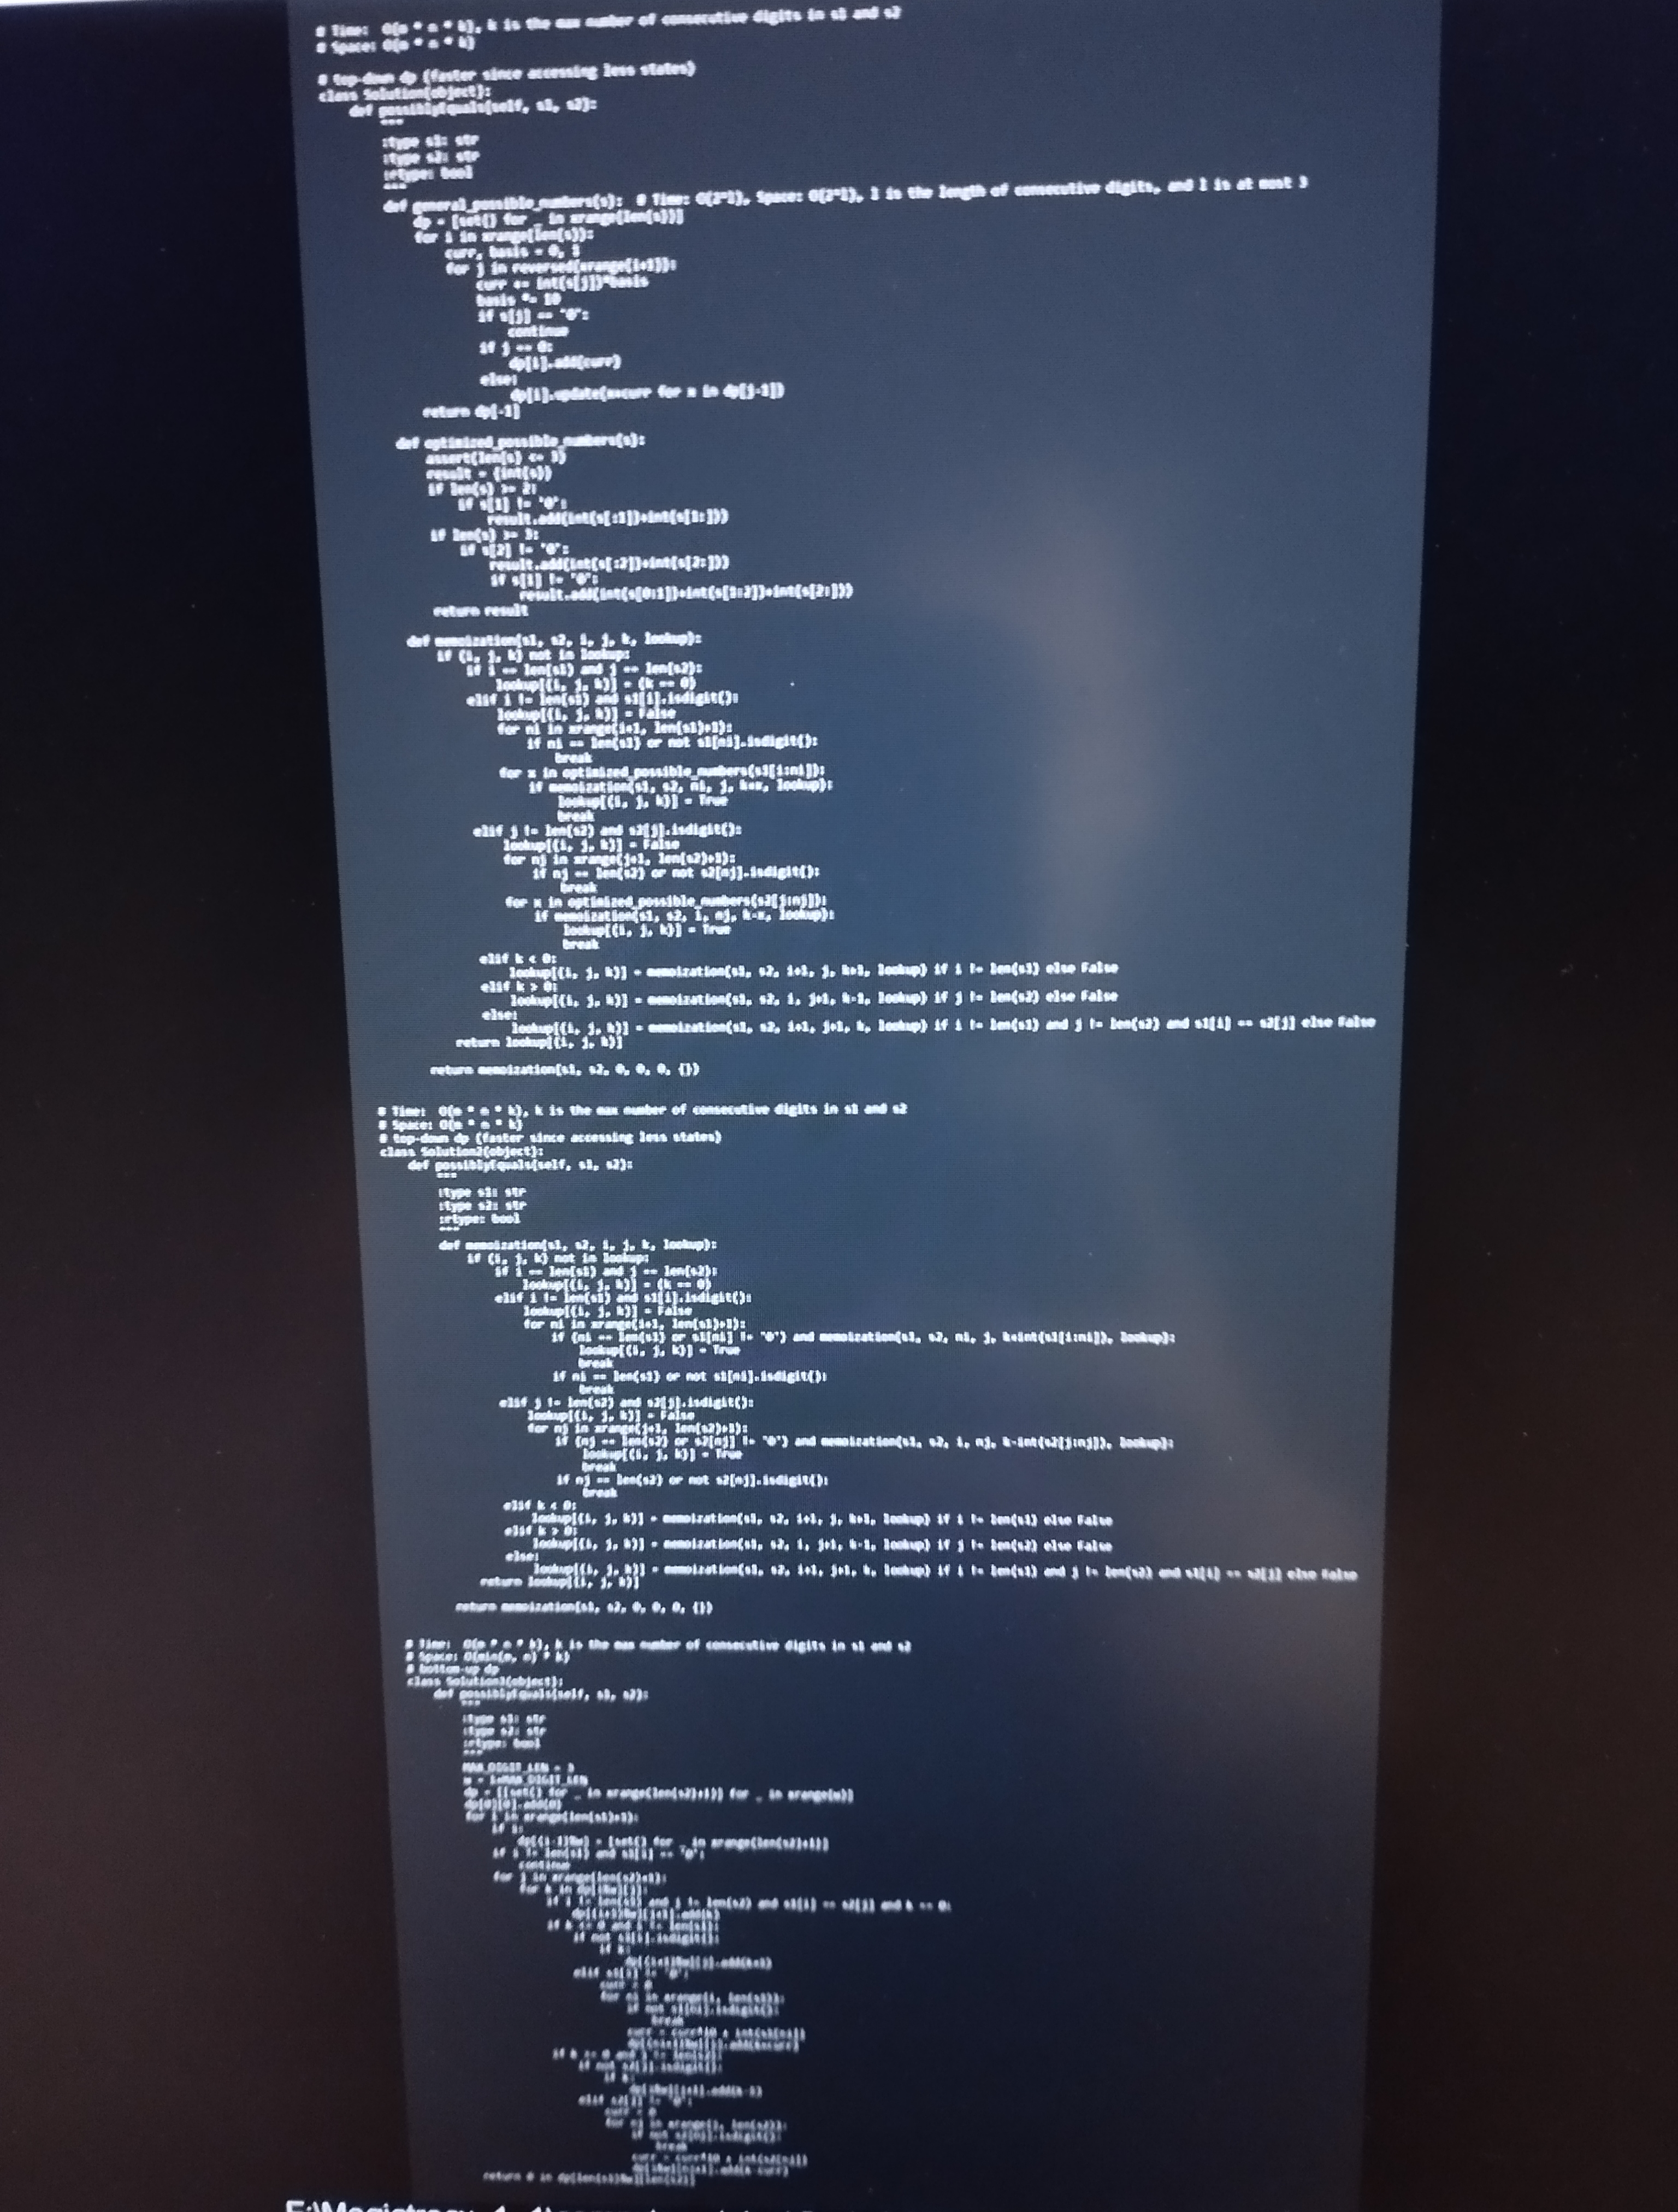
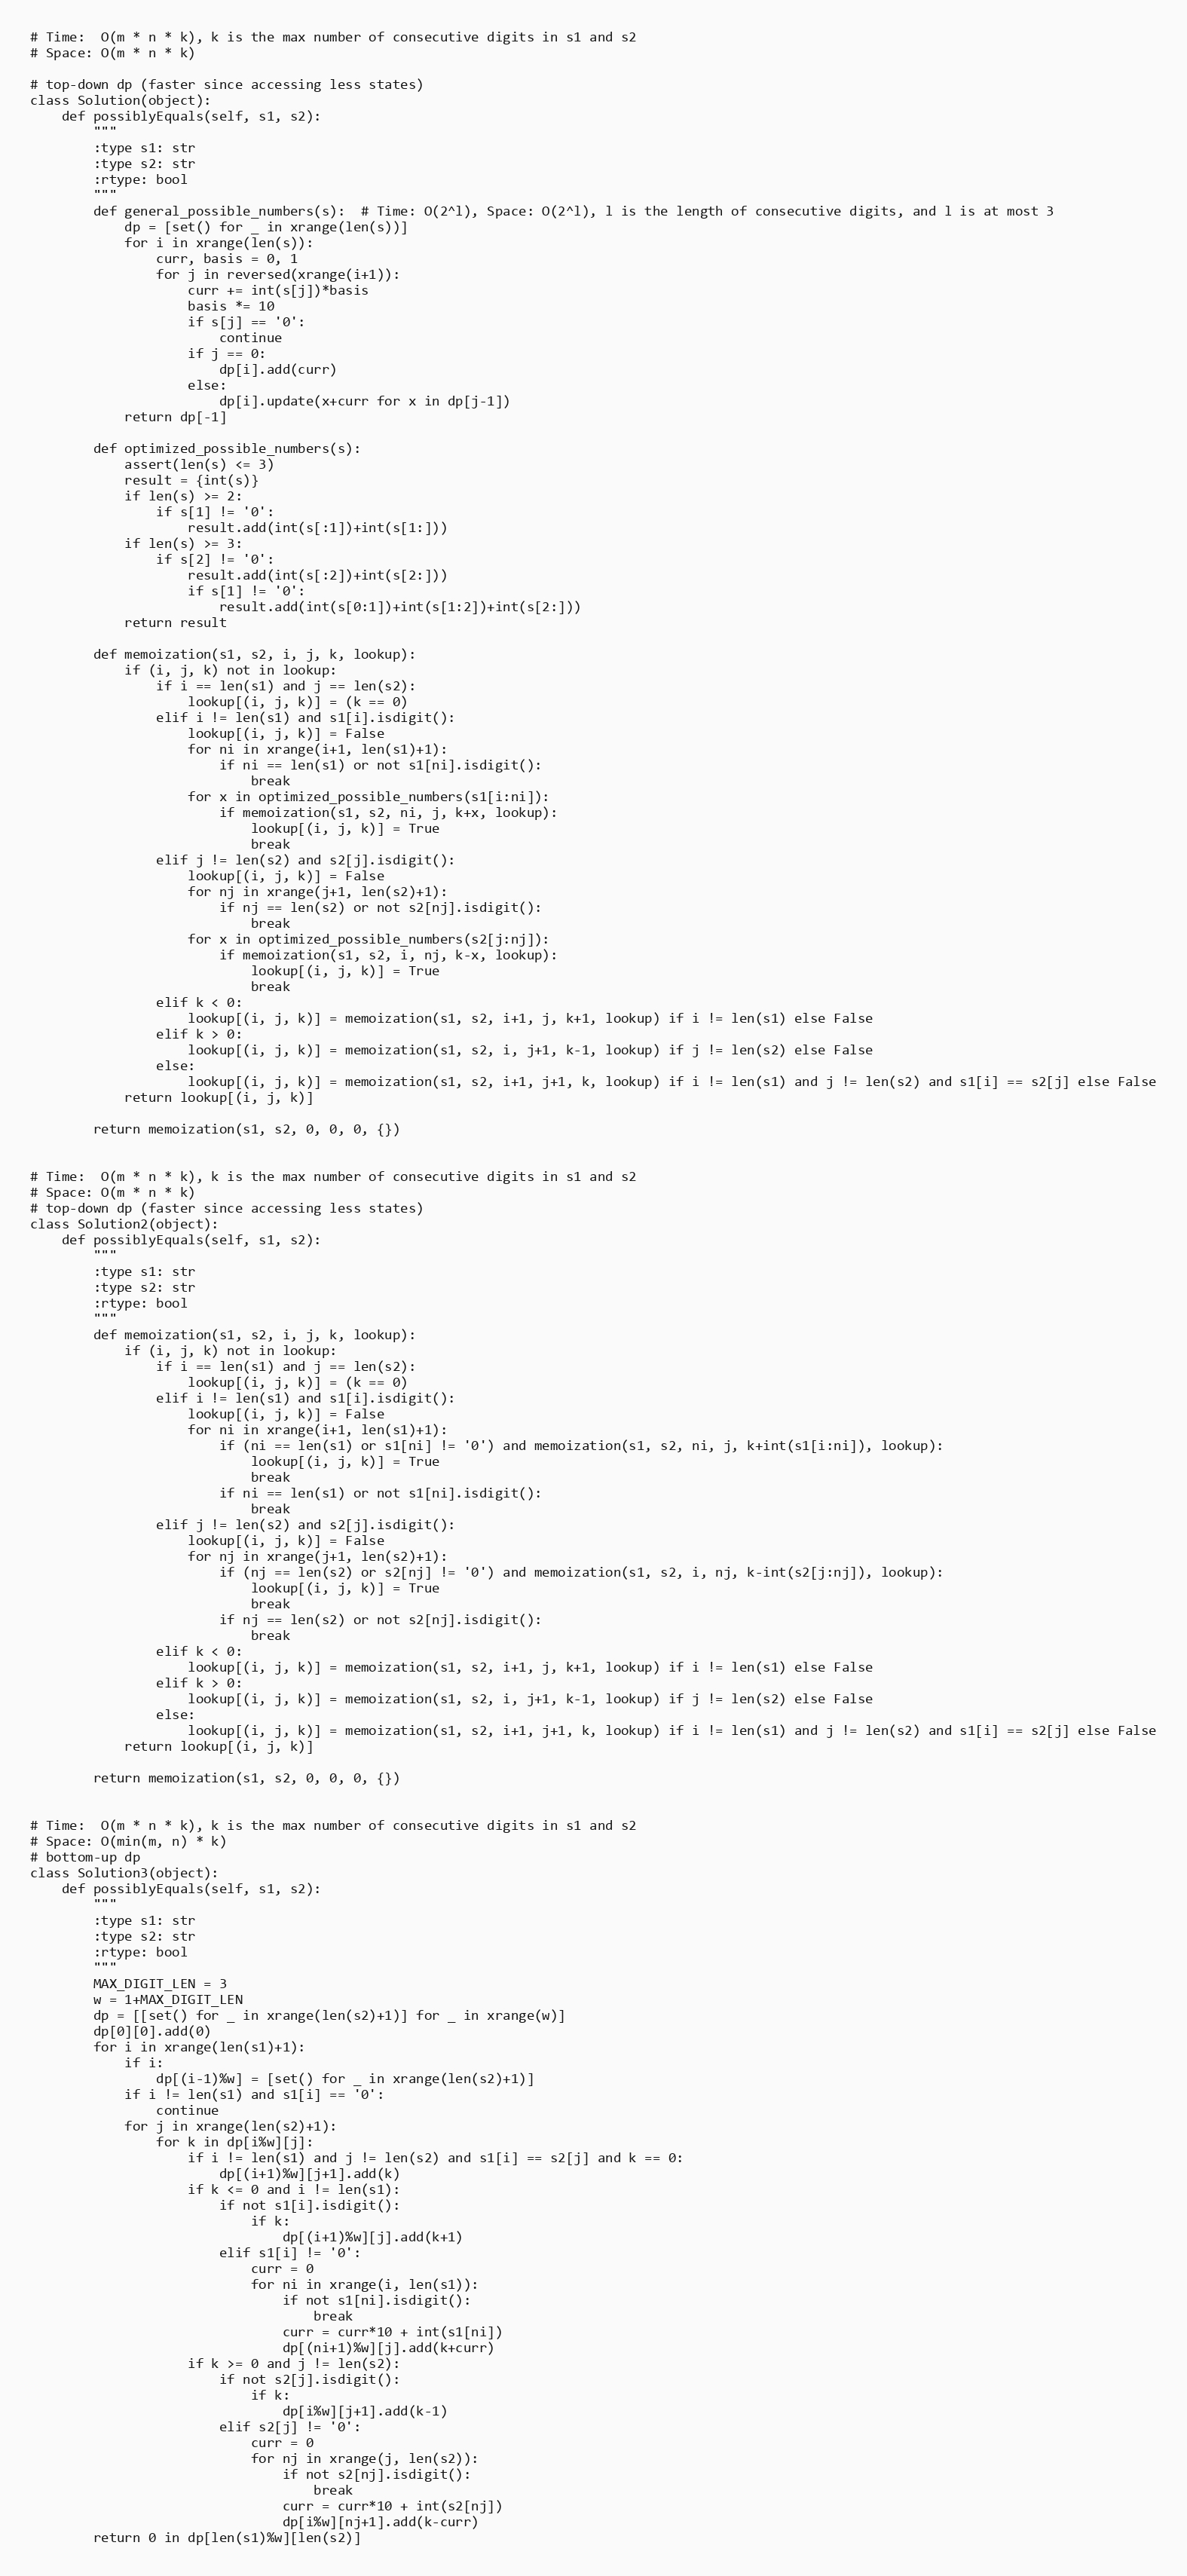
# Time:  O(m * n * k), k is the max number of consecutive digits in s1 and s2
# Space: O(m * n * k)

# top-down dp (faster since accessing less states)
class Solution(object):
    def possiblyEquals(self, s1, s2):
        """
        :type s1: str
        :type s2: str
        :rtype: bool
        """
        def general_possible_numbers(s):  # Time: O(2^l), Space: O(2^l), l is the length of consecutive digits, and l is at most 3
            dp = [set() for _ in xrange(len(s))]
            for i in xrange(len(s)):
                curr, basis = 0, 1
                for j in reversed(xrange(i+1)):
                    curr += int(s[j])*basis
                    basis *= 10
                    if s[j] == '0':
                        continue
                    if j == 0:
                        dp[i].add(curr)
                    else:
                        dp[i].update(x+curr for x in dp[j-1])
            return dp[-1]

        def optimized_possible_numbers(s):
            assert(len(s) <= 3)
            result = {int(s)}
            if len(s) >= 2:
                if s[1] != '0':
                    result.add(int(s[:1])+int(s[1:]))
            if len(s) >= 3:
                if s[2] != '0':
                    result.add(int(s[:2])+int(s[2:]))
                    if s[1] != '0':
                        result.add(int(s[0:1])+int(s[1:2])+int(s[2:]))
            return result

        def memoization(s1, s2, i, j, k, lookup):
            if (i, j, k) not in lookup:
                if i == len(s1) and j == len(s2):
                    lookup[(i, j, k)] = (k == 0)
                elif i != len(s1) and s1[i].isdigit():
                    lookup[(i, j, k)] = False
                    for ni in xrange(i+1, len(s1)+1):
                        if ni == len(s1) or not s1[ni].isdigit():
                            break
                    for x in optimized_possible_numbers(s1[i:ni]):
                        if memoization(s1, s2, ni, j, k+x, lookup):
                            lookup[(i, j, k)] = True
                            break
                elif j != len(s2) and s2[j].isdigit():
                    lookup[(i, j, k)] = False
                    for nj in xrange(j+1, len(s2)+1):
                        if nj == len(s2) or not s2[nj].isdigit():
                            break
                    for x in optimized_possible_numbers(s2[j:nj]):
                        if memoization(s1, s2, i, nj, k-x, lookup):
                            lookup[(i, j, k)] = True
                            break
                elif k < 0:
                    lookup[(i, j, k)] = memoization(s1, s2, i+1, j, k+1, lookup) if i != len(s1) else False
                elif k > 0:
                    lookup[(i, j, k)] = memoization(s1, s2, i, j+1, k-1, lookup) if j != len(s2) else False
                else:
                    lookup[(i, j, k)] = memoization(s1, s2, i+1, j+1, k, lookup) if i != len(s1) and j != len(s2) and s1[i] == s2[j] else False
            return lookup[(i, j, k)]

        return memoization(s1, s2, 0, 0, 0, {})

# Time:  O(m * n * k), k is the max number of consecutive digits in s1 and s2
# Space: O(m * n * k)
# top-down dp (faster since accessing less states)
class Solution2(object):
    def possiblyEquals(self, s1, s2):
        """
        :type s1: str
        :type s2: str
        :rtype: bool
        """
        def memoization(s1, s2, i, j, k, lookup):
            if (i, j, k) not in lookup:
                if i == len(s1) and j == len(s2):
                    lookup[(i, j, k)] = (k == 0)
                elif i != len(s1) and s1[i].isdigit():
                    lookup[(i, j, k)] = False
                    for ni in xrange(i+1, len(s1)+1):
                        if (ni == len(s1) or s1[ni] != '0') and memoization(s1, s2, ni, j, k+int(s1[i:ni]), lookup):
                            lookup[(i, j, k)] = True
                            break
                        if ni == len(s1) or not s1[ni].isdigit():
                            break
                elif j != len(s2) and s2[j].isdigit():
                    lookup[(i, j, k)] = False
                    for nj in xrange(j+1, len(s2)+1):
                        if (nj == len(s2) or s2[nj] != '0') and memoization(s1, s2, i, nj, k-int(s2[j:nj]), lookup):
                            lookup[(i, j, k)] = True
                            break
                        if nj == len(s2) or not s2[nj].isdigit():
                            break
                elif k < 0:
                    lookup[(i, j, k)] = memoization(s1, s2, i+1, j, k+1, lookup) if i != len(s1) else False
                elif k > 0:
                    lookup[(i, j, k)] = memoization(s1, s2, i, j+1, k-1, lookup) if j != len(s2) else False
                else:
                    lookup[(i, j, k)] = memoization(s1, s2, i+1, j+1, k, lookup) if i != len(s1) and j != len(s2) and s1[i] == s2[j] else False
            return lookup[(i, j, k)]

        return memoization(s1, s2, 0, 0, 0, {})

# Time:  O(m * n * k), k is the max number of consecutive digits in s1 and s2
# Space: O(min(m, n) * k)
# bottom-up dp
class Solution3(object):
    def possiblyEquals(self, s1, s2):
        """
        :type s1: str
        :type s2: str
        :rtype: bool
        """
        MAX_DIGIT_LEN = 3
        w = 1+MAX_DIGIT_LEN
        dp = [[set() for _ in xrange(len(s2)+1)] for _ in xrange(w)]
        dp[0][0].add(0)
        for i in xrange(len(s1)+1):
            if i:
                dp[(i-1)%w] = [set() for _ in xrange(len(s2)+1)]
            if i != len(s1) and s1[i] == '0':
                continue
            for j in xrange(len(s2)+1):
                for k in dp[i%w][j]:
                    if i != len(s1) and j != len(s2) and s1[i] == s2[j] and k == 0:
                        dp[(i+1)%w][j+1].add(k)
                    if k <= 0 and i != len(s1):
                        if not s1[i].isdigit():
                            if k:
                                dp[(i+1)%w][j].add(k+1)
                        elif s1[i] != '0':
                            curr = 0
                            for ni in xrange(i, len(s1)):
                                if not s1[ni].isdigit():
                                    break
                                curr = curr*10 + int(s1[ni])
                                dp[(ni+1)%w][j].add(k+curr)
                    if k >= 0 and j != len(s2):
                        if not s2[j].isdigit():
                            if k:
                                dp[i%w][j+1].add(k-1)
                        elif s2[j] != '0':
                            curr = 0
                            for nj in xrange(j, len(s2)):
                                if not s2[nj].isdigit():
                                    break
                                curr = curr*10 + int(s2[nj])
                                dp[i%w][nj+1].add(k-curr)
        return 0 in dp[len(s1)%w][len(s2)]